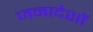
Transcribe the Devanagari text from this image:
जनादेशों